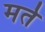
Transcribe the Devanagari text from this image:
मर्त